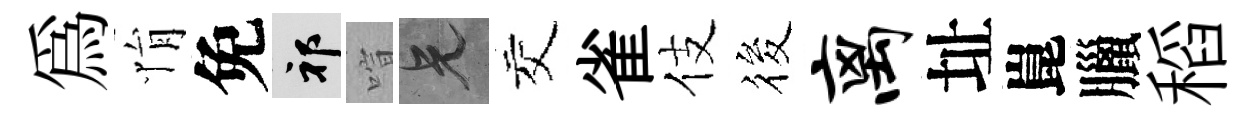
爲悁免祁喧兄交雀伎筱离址崑臘稻